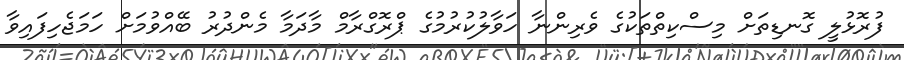
ފުރޮޅުލީ ގޮނޑިތަށް މިސްކިތްތަކުގެ ވެރިންނާ ހަވާލުކުރުމުގެ ޕްރޮގްރާމް މާދަމާ މެންދުރު ބޭއްވުމަށް ހަމަޖެހިފައިވާ